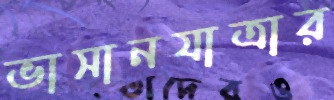
ভাসানযাত্রার